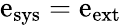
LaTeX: \mathrm{e}_{\mathrm{{sys}}}=\mathrm{e}_{\mathrm{{\mathrm{e}xt}}}